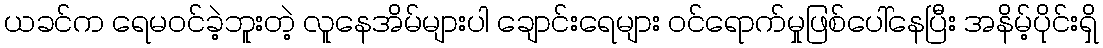
ယခင်က ရေမဝင်ခဲ့ဘူးတဲ့ လူနေအိမ်များပါ ချောင်းရေများ ဝင်ရောက်မှုဖြစ်ပေါ်နေပြီး အနိမ့်ပိုင်းရှိ